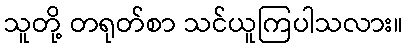
သူတို့ တရုတ်စာ သင်ယူကြပါသလား။